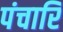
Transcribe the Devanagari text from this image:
पंचारि